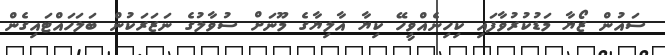
ސައުން ޒޯޔާ މަޑުކުރުވާފައި ކިހިނެއްވީހޭ ކިޔާ އާލިޔާގެ މޫނަށް ސުވާލުގެ ނަޒަރަކުން ބަލަހައްޓައިގެން